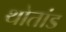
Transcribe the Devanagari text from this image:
थोतांड